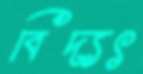
বিদ্যৎ